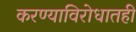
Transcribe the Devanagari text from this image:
करण्याविरोधातही